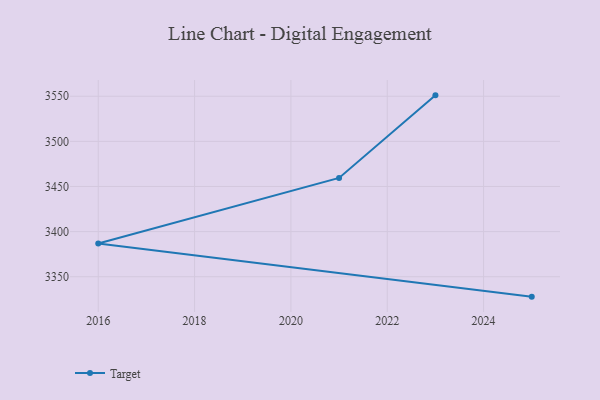
{"axis": {"x": "Year", "y": "Shipments"}, "legend": ["Target"], "data": [{"x": "2023", "y": 3551.0, "type": "Target"}, {"x": "2021", "y": 3459.5, "type": "Target"}, {"x": "2016", "y": 3386.8, "type": "Target"}, {"x": "2025", "y": 3327.9, "type": "Target"}]}